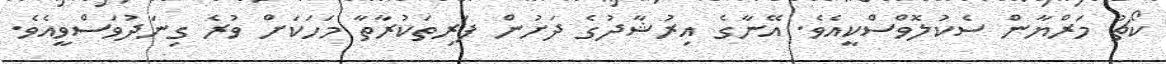
ކޯޗު މަރްޔާން ސެކުލޮވްސްކީއެވެ. އޭނާގެ އިރުޝާދުގެ ދަށުން ފަރިތަކުރާތާ މަހަކަށް ވުރެ ގިނަދުވަސްވީއެވެ.